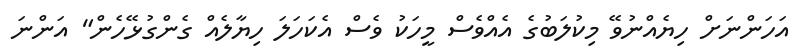
އަހަންނަށް ހިޔެއްނުވޭ މިކުލަބުގެ އެއްވެސް މީހަކު ވެސް އެކަހަލަ ހިޔާލެއް ގެންގުޅޭހެން" އަންނަ